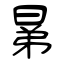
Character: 晜